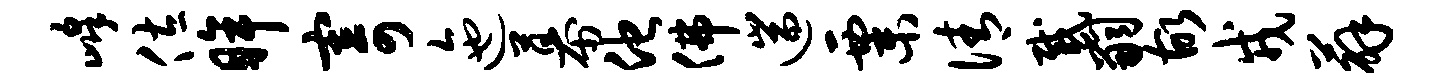
峰佐眸寄迤幕他佛遄粟倩感嗣故戎薜